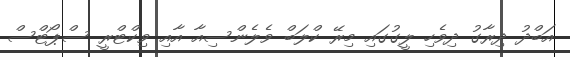
އަބްދު ދިރާގު ދިވެހި ލީގުގައި މިރޭ ކްލަބް ވެލެންސިއާ އާއި ވިކްޓްރީ ސްޕޯޓްސް